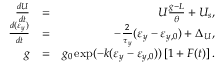
\begin{array} { r l r } { \frac { d U } { d t } } & { = } & { U \frac { g - L } { \theta } + U _ { s } , } \\ { \frac { d ( \varepsilon _ { y } ) } { d t } } & { = } & { - \frac { 2 } { \tau _ { y } } ( \varepsilon _ { y } - \varepsilon _ { y , 0 } ) + \Delta _ { U } , } \\ { g } & { = } & { g _ { 0 } \exp ( - k ( \varepsilon _ { y } - \varepsilon _ { y , 0 } ) ) \left[ 1 + F ( t ) \right] . } \end{array}